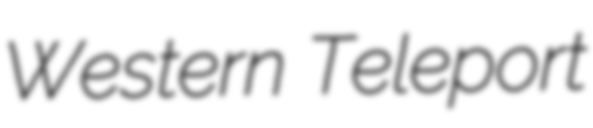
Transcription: Western Teleport